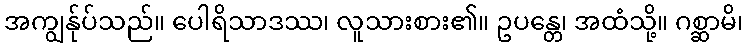
အကျွန်ုပ်သည်။ ပေါရိသာဒဿ၊ လူသားစား၏။ ဥပန္တေ၊ အထံသို့။ ဂစ္ဆာမိ၊